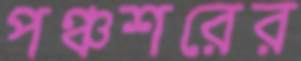
পঞ্চশরের